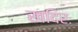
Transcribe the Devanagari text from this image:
खदिरः